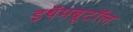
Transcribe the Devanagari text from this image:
इथॅमबूटॉल